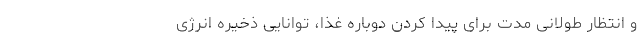
و انتظار طولانی مدت برای پیدا کردن دوباره غذا، توانایی ذخیره انرژی